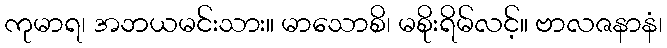
ကုမာရ၊ အဘယမင်းသား။ မာသောစိ၊ မစိုးရိမ်လင့်။ ဗာလဇနာနံ၊